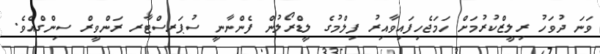
ވަނަ ދުވަހު ރިލީޒްކުރުމަށް ހަމަޖެހިފައިވާއިރު ފިލްމުގެ ލީޑްރޯލުން ފެންނާނީ ސުޕަރސްޓާރ ރަންވީރް ސިންގްއެވެ.